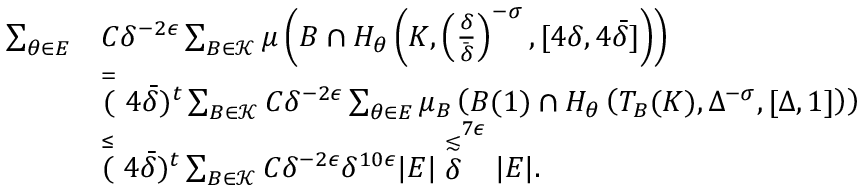
\begin{array} { r l } { \sum _ { \theta \in E } } & { C \delta ^ { - 2 \epsilon } \sum _ { B \in \mathcal { K } } \mu \left( B \cap H _ { \theta } \left( K , \left( \frac { \delta } { \bar { \delta } } \right) ^ { - \sigma } , [ 4 \delta , 4 \bar { \delta } ] \right) \right) } \\ & { \stackrel { = } ( 4 \bar { \delta } ) ^ { t } \sum _ { B \in \mathcal { K } } C \delta ^ { - 2 \epsilon } \sum _ { \theta \in E } \mu _ { B } \left( B ( 1 ) \cap H _ { \theta } \left( T _ { B } ( K ) , \Delta ^ { - \sigma } , [ \Delta , 1 ] \right) \right) } \\ & { \stackrel { \leq } ( 4 \bar { \delta } ) ^ { t } \sum _ { B \in \mathcal { K } } C \delta ^ { - 2 \epsilon } \delta ^ { 1 0 \epsilon } | E | \stackrel { \lesssim } \delta ^ { 7 \epsilon } | E | . } \end{array}